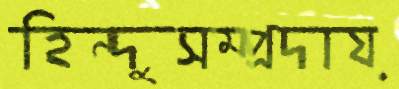
হিন্দুসম্প্রদায়